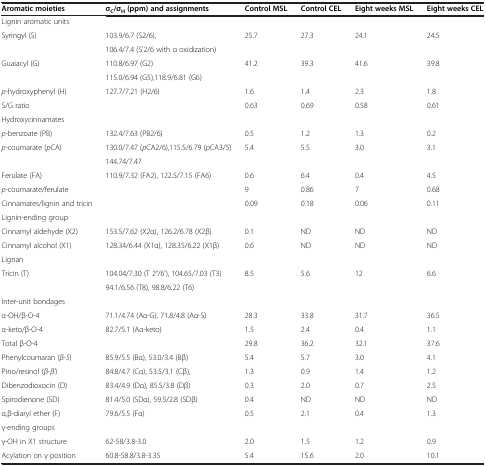
<table><thead><tr><td><b>Aromatic moieties</b></td><td><b>σ<sub>C</sub>/σ<sub>H</sub>(ppm) and assignments</b></td><td><b>Control MSL</b></td><td><b>Control CEL</b></td><td><b>Eight weeks MSL</b></td><td><b>Eight weeks CEL</b></td></tr></thead><tbody><tr><td>Lignin aromatic units</td><td></td><td></td><td></td><td></td><td></td></tr><tr><td rowspan="2">Syringyl (S)</td><td>103.9/6.7 (S2/6),</td><td rowspan="2">25.7</td><td rowspan="2">27.3</td><td rowspan="2">24.1</td><td rowspan="2">24.5</td></tr><tr><td>106.4/7.4 (S&#x27;2/6 with α oxidization)</td></tr><tr><td rowspan="2">Guaiacyl (G)</td><td>110.8/6.97 (G2)</td><td rowspan="2">41.2</td><td rowspan="2">39.3</td><td rowspan="2">41.6</td><td rowspan="2">39.8</td></tr><tr><td>115.0/6.94 (G5),118.9/6.81 (G6)</td></tr><tr><td><i>p</i>-hydroxyphenyl (H)</td><td>127.7/7.21 (H2/6)</td><td>1.6</td><td>1.4</td><td>2.3</td><td>1.8</td></tr><tr><td>S/G ratio</td><td></td><td>0.63</td><td>0.69</td><td>0.58</td><td>0.61</td></tr><tr><td>Hydroxycinnamates</td><td></td><td></td><td></td><td></td><td></td></tr><tr><td><i>p-</i>benzoate (PB)</td><td>132.4/7.63 (PB2/6)</td><td>0.5</td><td>1.2</td><td>1.3</td><td>0.2</td></tr><tr><td rowspan="2"><i>p-</i>coumarate (<i>p</i>CA)</td><td>130.0/7.47 (<i>p</i>CA2/6),115.5/6.79 (<i>p</i>CA3/5)</td><td rowspan="2">5.4</td><td rowspan="2">5.5</td><td rowspan="2">3.0</td><td rowspan="2">3.1</td></tr><tr><td>144.74/7.47</td></tr><tr><td>Ferulate (FA)</td><td>110.9/7.32 (FA2), 122.5/7.15 (FA6)</td><td>0.6</td><td>6.4</td><td>0.4</td><td>4.5</td></tr><tr><td><i>p</i>-coumarate/ferulate</td><td></td><td>9</td><td>0.86</td><td>7</td><td>0.68</td></tr><tr><td>Cinnamates/lignin and tricin</td><td></td><td>0.09</td><td>0.18</td><td>0.06</td><td>0.11</td></tr><tr><td>Lignin-ending group</td><td></td><td></td><td></td><td></td><td></td></tr><tr><td>Cinnamyl aldehyde (X2)</td><td>153.5/7.62 (X2α), 126.2/6.78 (X2β)</td><td>0.1</td><td>ND</td><td>ND</td><td>ND</td></tr><tr><td>Cinnamyl alcohol (X1)</td><td>128.34/6.44 (X1α), 128.35/6.22 (X1β)</td><td>0.6</td><td>ND</td><td>ND</td><td>ND</td></tr><tr><td>Lignan</td><td></td><td></td><td></td><td></td><td></td></tr><tr><td rowspan="2">Tricin (T)</td><td>104.04/7.30 (T 2′/6&#x27;), 104.65/7.03 (T3)</td><td rowspan="2">8.5</td><td rowspan="2">5.6</td><td rowspan="2">12</td><td rowspan="2">6.6</td></tr><tr><td>94.1/6.56 (T8), 98.8/6.22 (T6)</td></tr><tr><td>Inter-unit bondages</td><td></td><td></td><td></td><td></td><td></td></tr><tr><td>α-OH/β-O-4</td><td>71.1/4.74 (Aα-G), 71.8/4.8 (Aα-S)</td><td>28.3</td><td>33.8</td><td>31.7</td><td>36.5</td></tr><tr><td>α-keto/β-O-4</td><td>82.7/5.1 (Aα-keto)</td><td>1.5</td><td>2.4</td><td>0.4</td><td>1.1</td></tr><tr><td>Total β-O-4</td><td></td><td>29.8</td><td>36.2</td><td>32.1</td><td>37.6</td></tr><tr><td>Phenylcoumaran (<i>β-5</i>)</td><td>85.9/5.5 (Bα), 53.0/3.4 (Bβ)</td><td>5.4</td><td>5.7</td><td>3.0</td><td>4.1</td></tr><tr><td>Pino/resinol (<i>β-β&#x27;</i>)</td><td>84.8/4.7 (Cα), 53.5/3.1 (Cβ),</td><td>1.3</td><td>0.9</td><td>1.4</td><td>1.2</td></tr><tr><td>Dibenzodioxocin (D)</td><td>83.4/4.9 (Dα), 85.5/3.8 (Dβ)</td><td>0.3</td><td>2.0</td><td>0.7</td><td>2.5</td></tr><tr><td>Spirodienone (SD)</td><td>81.4/5.0 (SDα), 59.5/2.8 (SDβ)</td><td>0.4</td><td>ND</td><td>ND</td><td>ND</td></tr><tr><td>α,β-diaryl ether (F)</td><td>79.6/5.5 (Fα)</td><td>0.5</td><td>2.1</td><td>0.4</td><td>1.3</td></tr><tr><td>γ-ending groups</td><td></td><td></td><td></td><td></td><td></td></tr><tr><td>γ-OH in X1 structure</td><td>62-58/3.8-3.0</td><td>2.0</td><td>1.5</td><td>1.2</td><td>0.9</td></tr><tr><td>Acylation on γ position</td><td>60.8-58.8/3.8-3.35</td><td>5.4</td><td>15.6</td><td>2.0</td><td>10.1</td></tr></tbody></table>